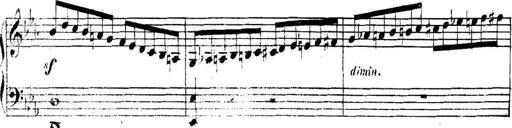
Title: Collected Piano Sonatas
Composer: Muzio Clementi